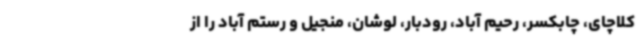
کلاچای، چابکسر، رحیم آباد، رودبار، لوشان، منجیل و رستم آباد را از